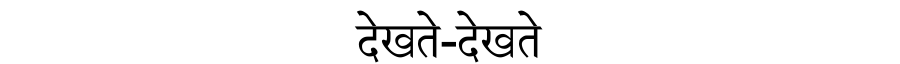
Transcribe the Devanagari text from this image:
देखते-देखते